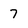
Character: 7